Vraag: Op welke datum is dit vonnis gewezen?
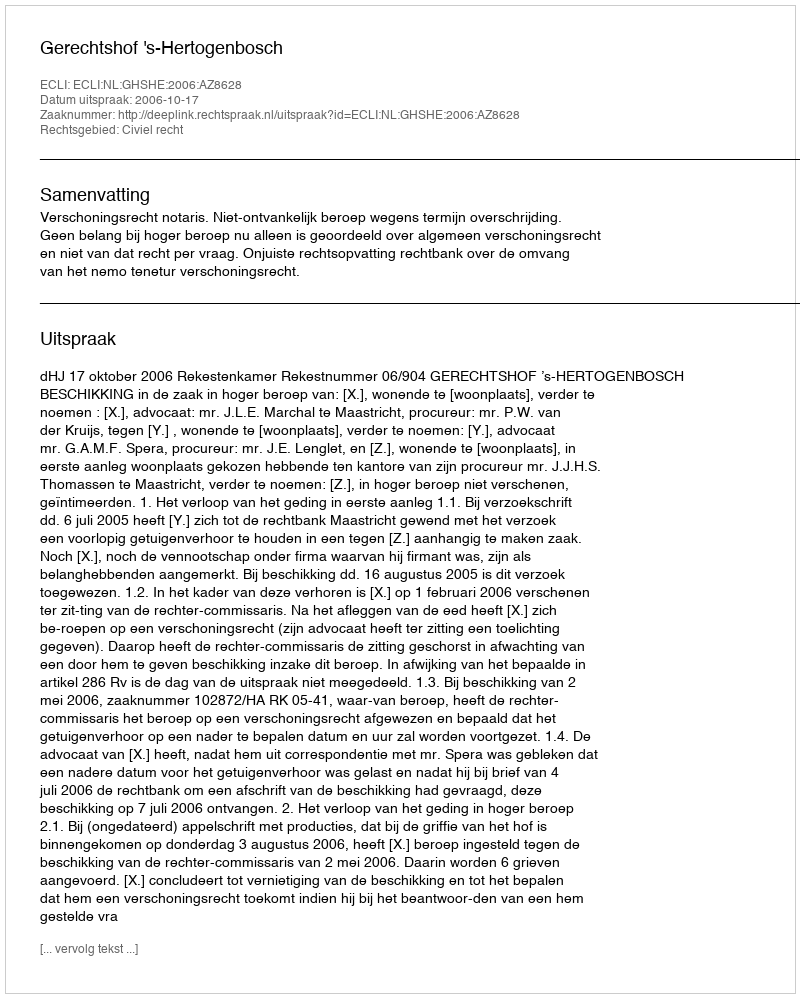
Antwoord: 2006-10-17